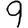
Digit: 9